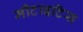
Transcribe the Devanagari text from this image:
मीटाइटिस